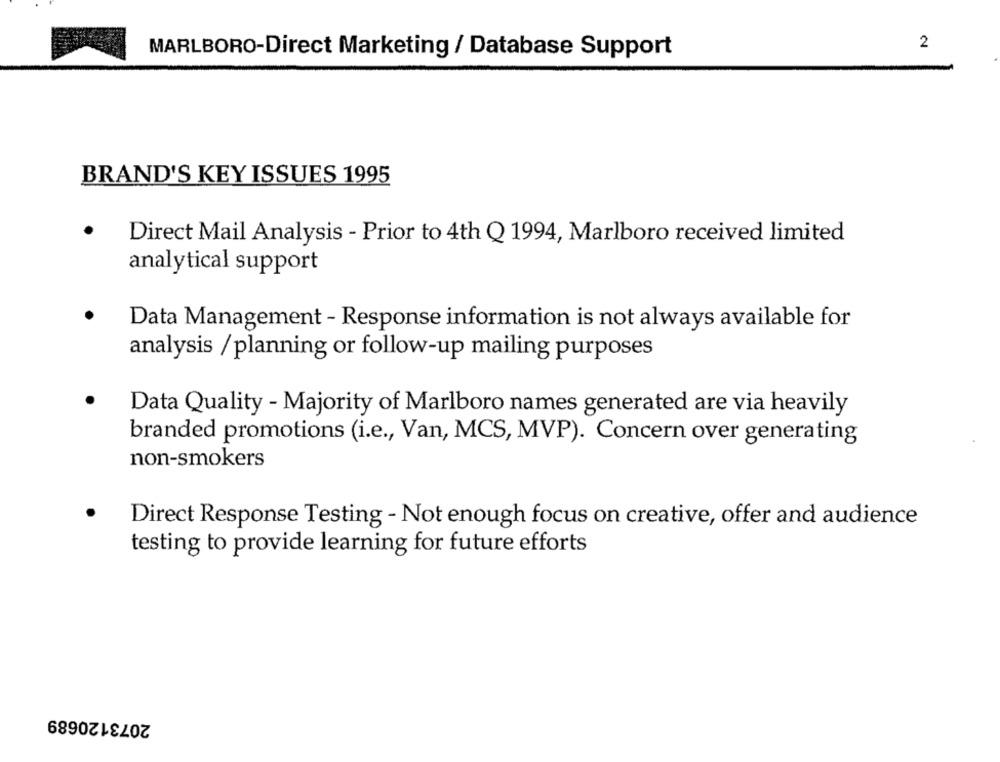
2
MARLBORO-Direct Marketing / Database Support
BRAND'S KEY ISSUES 1995
.
Direct Mail Analysis - Prior to 4th Q 1994, Marlboro received limited
analytical support
Data Management - Response information is not always available for
analysis / planning or follow-up mailing purposes
Data Quality - Majority of Marlboro names generated are via heavily
branded promotions (i.e ., Van, MCS, MVP). Concern over generating
non-smokers
Direct Response Testing - Not enough focus on creative, offer and audience
testing to provide learning for future efforts
2073120689